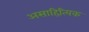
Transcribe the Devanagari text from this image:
असाहित्यि़क